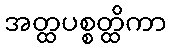
အတ္ထပစ္စတ္ထိကာ